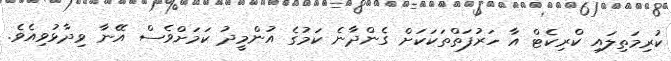
ކުރިމަތިލައި ކްރިކެޓް އާ ހަރުފަތްތަކަކަށް ގެންދާނެ ކަމުގެ އުންމީދު ކަމަށްވެސް އޭނާ ވިދާޅުވިއެވެ.